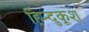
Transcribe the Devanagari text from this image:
हिन्दुकूश